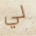
لي